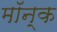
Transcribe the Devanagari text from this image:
मॉन्क